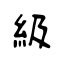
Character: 級